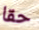
حقا